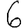
Digit: 6